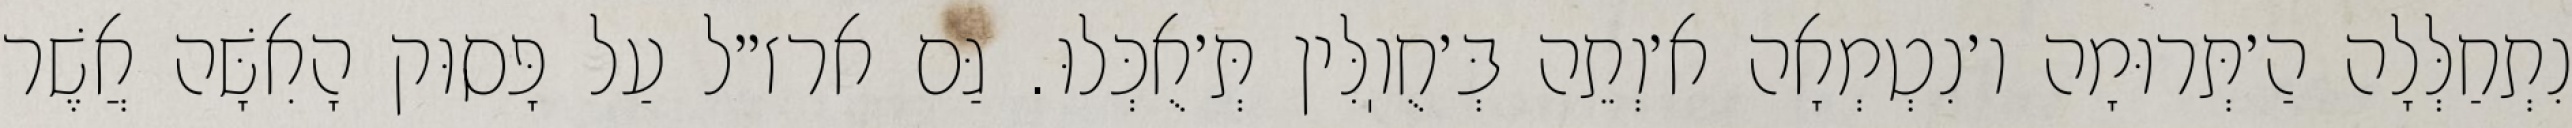
נִתְחַלְּלָה הַ׳תְּרוּמָה ו׳נִטְמְאָה א׳וְתֵה בְּ׳חֻוֽלִּין תְּ׳אֻכְּלוּ. גַּם ארז״ל עַל פָּסוּק הָאִשָּׁה אֲשֶׁר